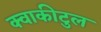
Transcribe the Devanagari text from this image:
क्वाकीटुल